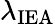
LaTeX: \lambda_{\mathrm{IEA}}